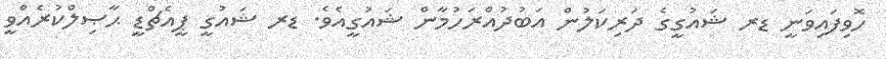
ހޮވިފައިވަނީ ޑރ ޝައުގީގެ ދަރިކަލުން އަބުދުއްރަހުމާން ޝައުގީއެވެ. ޑރ ޝައުގީ ޕީއެޗްޑީ ޙާޞިލްކުރެއްވީ